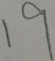
1 9